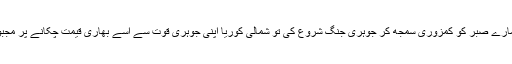
امریکا نے ہمارے صبر کو کمزوری سمجھ کر جوہری جنگ شروع کی تو شمالی کوریا اپنی جوہری قوت سے اسے بھاری قیمت چکانے پر مجبور کردے گا۔